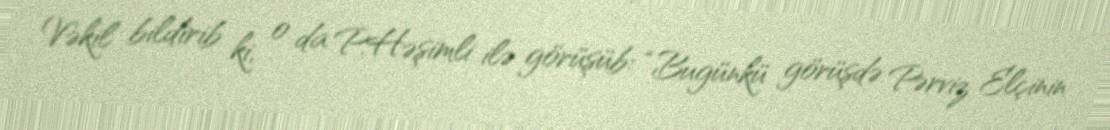
Vəkil bildirib ki, o da P.Həşimli ilə görüşüb: “Bugünkü görüşdə Pərviz Elçinin